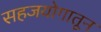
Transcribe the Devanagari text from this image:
सहजयोगातून